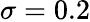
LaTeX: \sigma=0.2